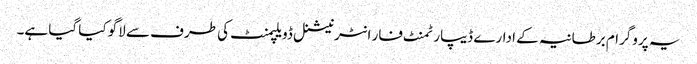
یہ پروگرام برطانیہ کے ادارے ڈیپارٹمنٹ فار انٹرنیشنل ڈویلپمنٹ کی طرف سے لاگو کیا گیا ہے۔